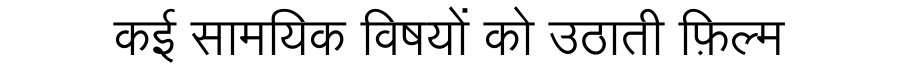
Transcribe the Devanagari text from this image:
कई सामयिक विषयों को उठाती फ़िल्म